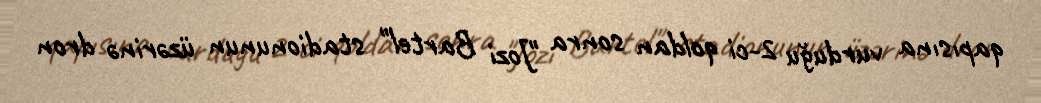
qapısına vurduğu 2-ci qoldan sonra "Jozi Bartel" stadionunun üzərinə dron